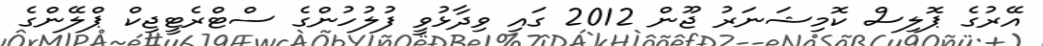
އޭރުގެ ޕޮލިސް ކޮމިޝަނަރު ޖޫން 2012 ގައި ވިދާޅުވީ ފުލުހުންގެ ސްޓްރެޓީޖިކް ޕްލޭންގެ